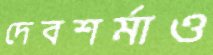
দেবশর্মাও